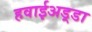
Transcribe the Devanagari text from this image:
हवाईअड़्डा